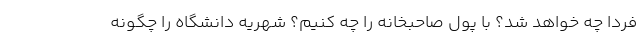
فردا چه خواهد شد؟ با پول صاحبخانه را چه کنیم؟ شهریه دانشگاه را چگونه